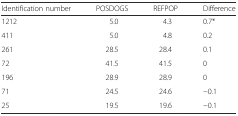
| Identification number | POSDOGS | REFPOP | Difference |
 | --- | --- | --- | --- |
 | 1212 | 5.0 | 4.3 | 0.7* |
 | 411 | 5.0 | 4.8 | 0.2 |
 | 261 | 28.5 | 28.4 | 0.1 |
 | 72 | 41.5 | 41.5 | 0 |
 | 196 | 28.9 | 28.9 | 0 |
 | 71 | 24.5 | 24.6 | −0.1 |
 | 25 | 19.5 | 19.6 | −0.1 |